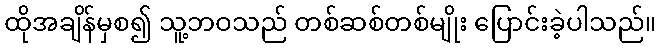
ထိုအချိန်မှစ၍ သူ့ဘဝသည် တစ်ဆစ်တစ်မျိုး ပြောင်းခဲ့ပါသည်။